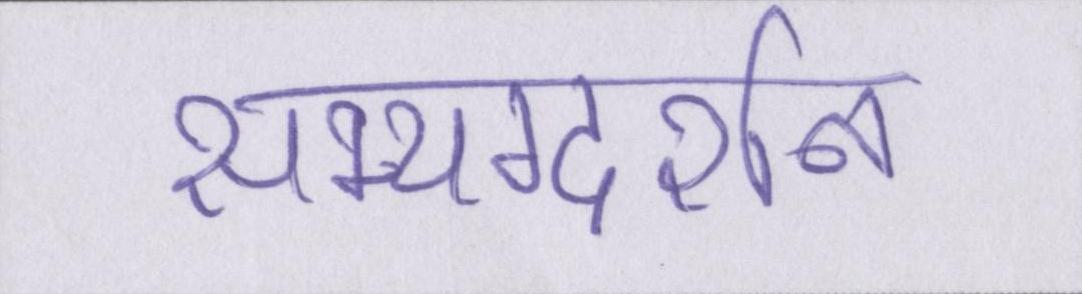
सम्यग्दर्शन